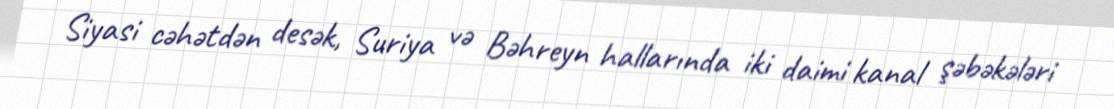
Siyasi cəhətdən desək, Suriya və Bəhreyn hallarında iki daimi kanal şəbəkələri